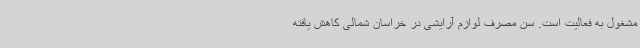
مشغول به فعالیت است. سن مصرف لوازم آرایشی در خراسان شمالی کاهش یافته